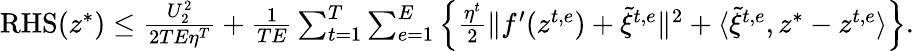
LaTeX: \begin{array}{r}{\mathrm{RHS}(z^{*})\leq\frac{U_{2}^{2}}{2TE\eta^{T}}+\frac{1}{TE}\sum_{t=1}^{T}\sum_{e=1}^{E}\Big\{ \frac{\eta^{t}}{2}\| f^{\prime}(z^{t,e})+\tilde{\xi}^{t,e}\| ^{2}+\langle\tilde{\xi}^{t,e},z^{*}-z^{t,e}\rangle\Big\} .}\end{array}